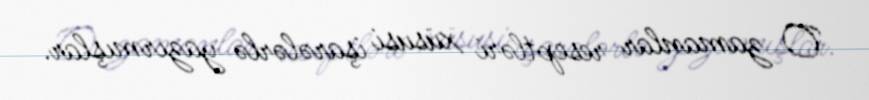
O zamanlar reseptləri xüsusi işarələrlə yazırmışlar.